Bréfritari: Sigríður Pálsdóttir
Viðtakandi: Páll Pálsson
Dagsetning: A-1862-04-07
Skrifað á: Breiðabólsstað  Rang.
Páll var bróðir Sigríðar

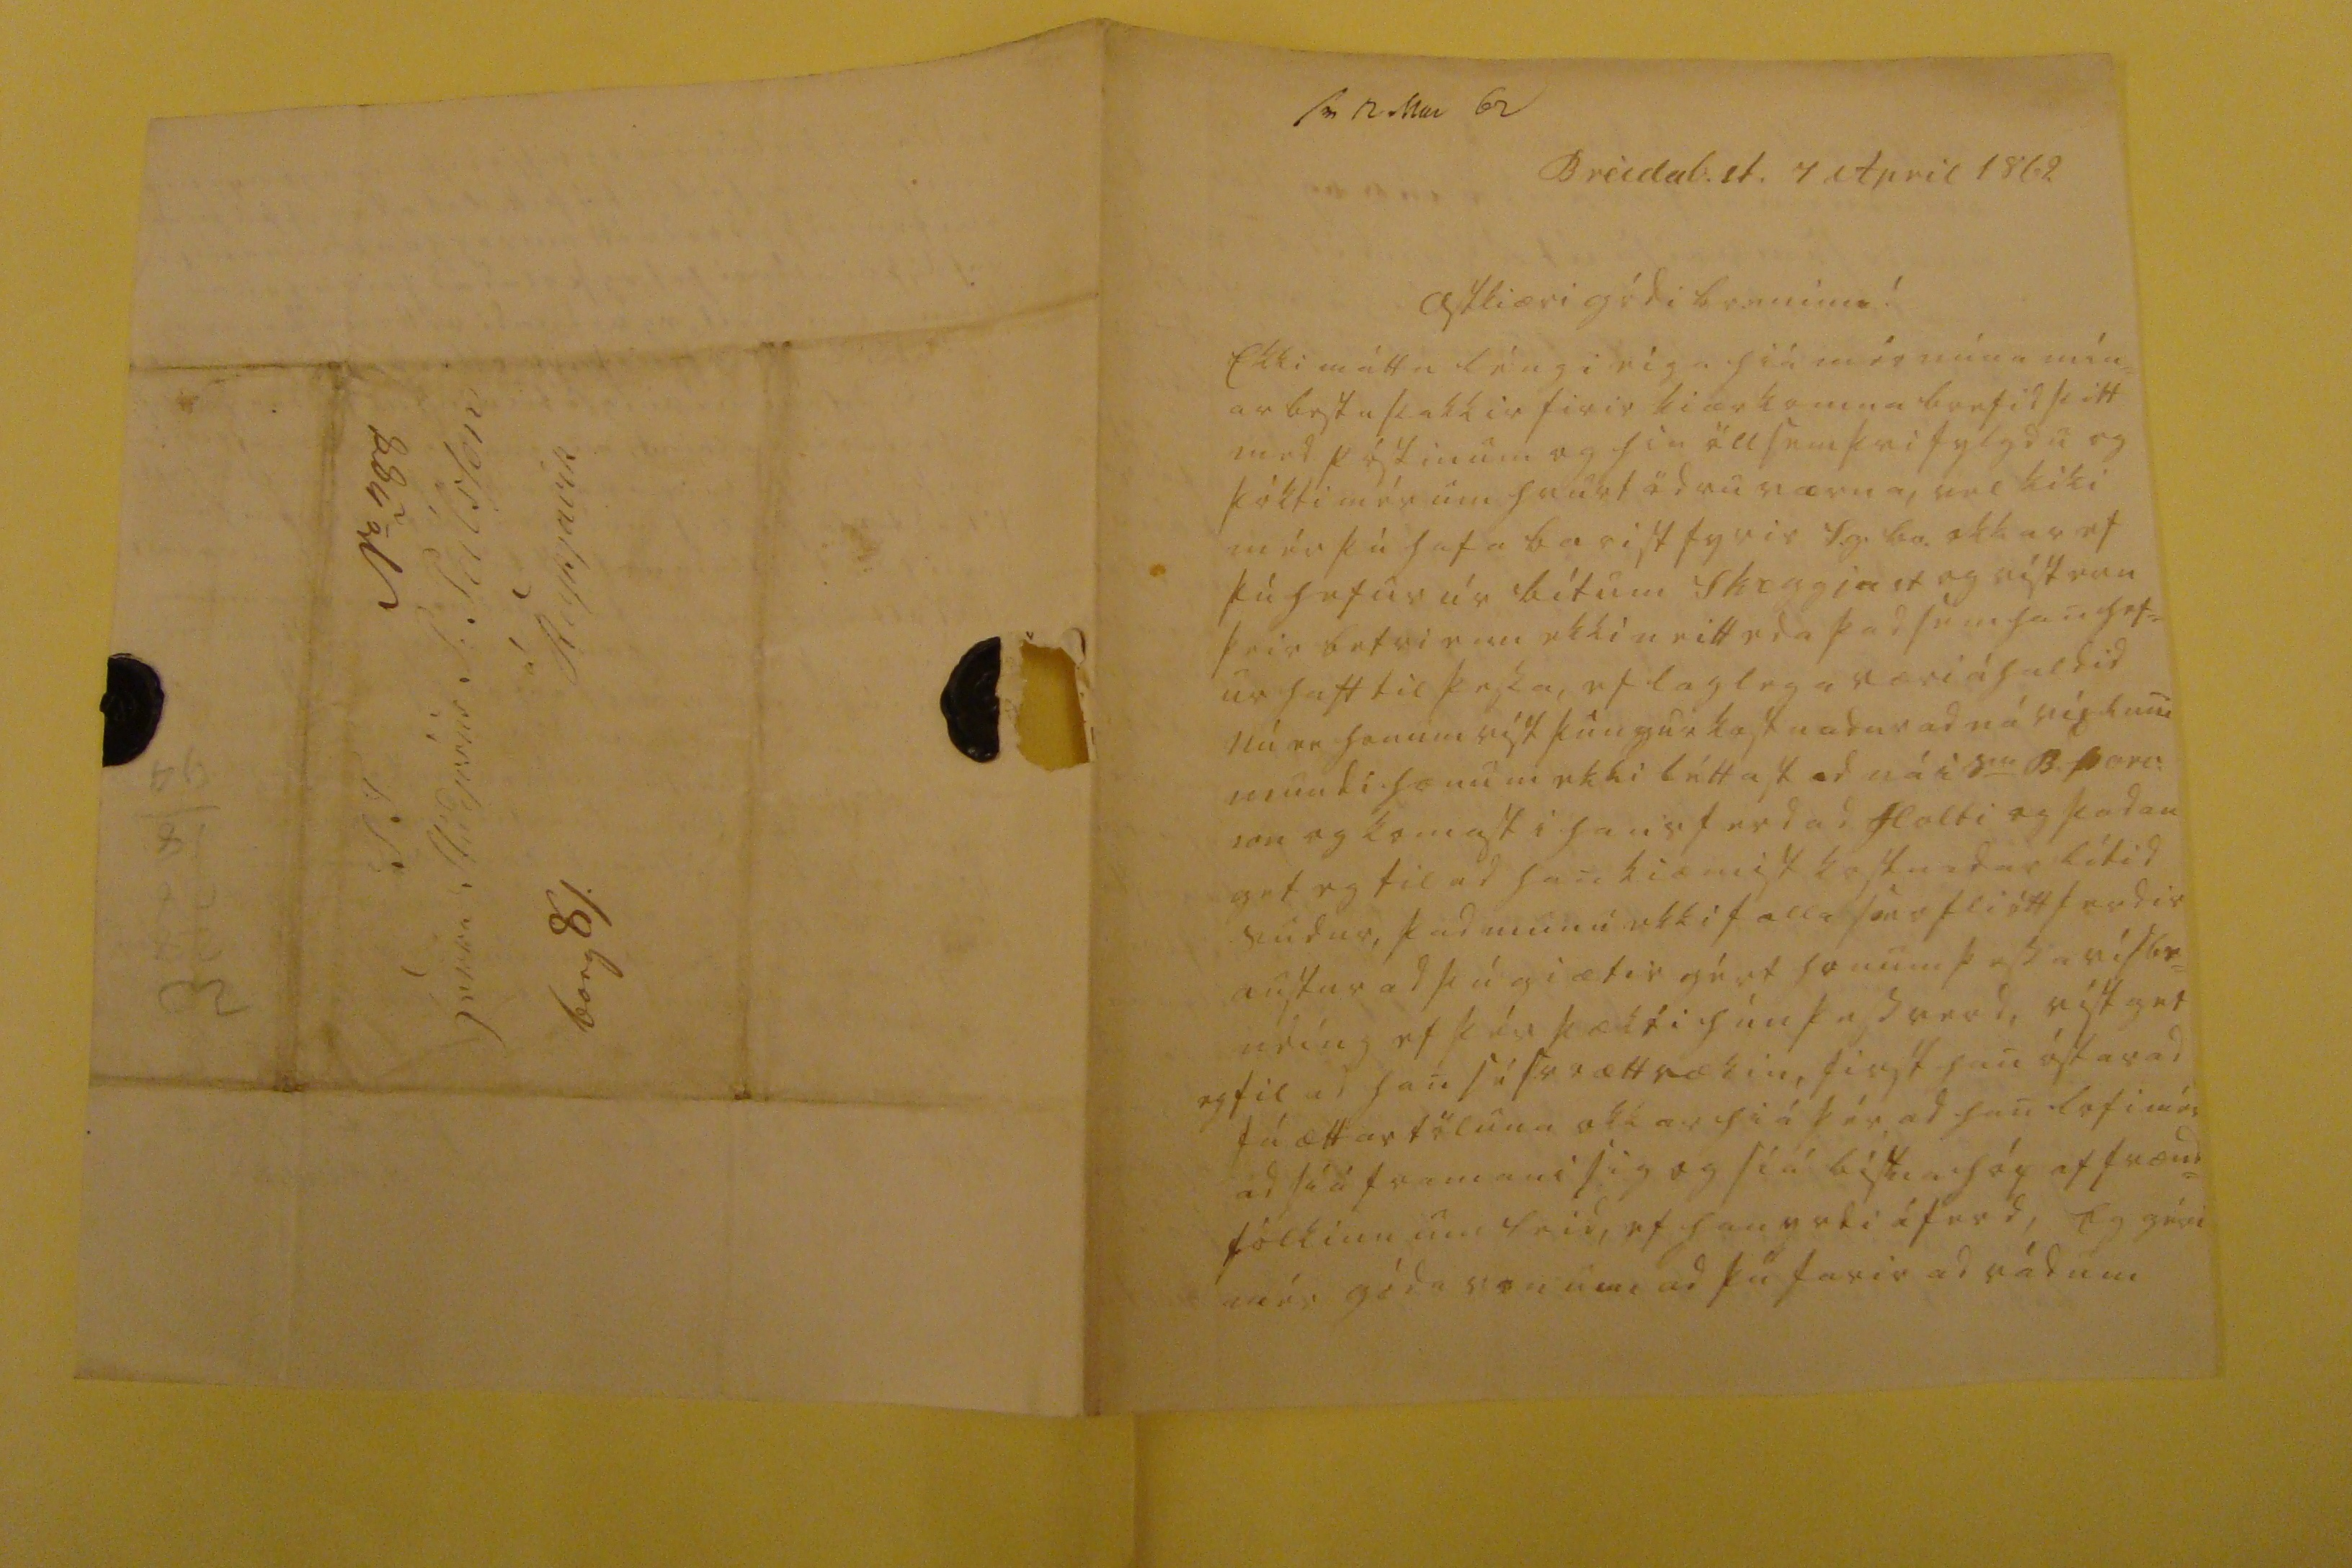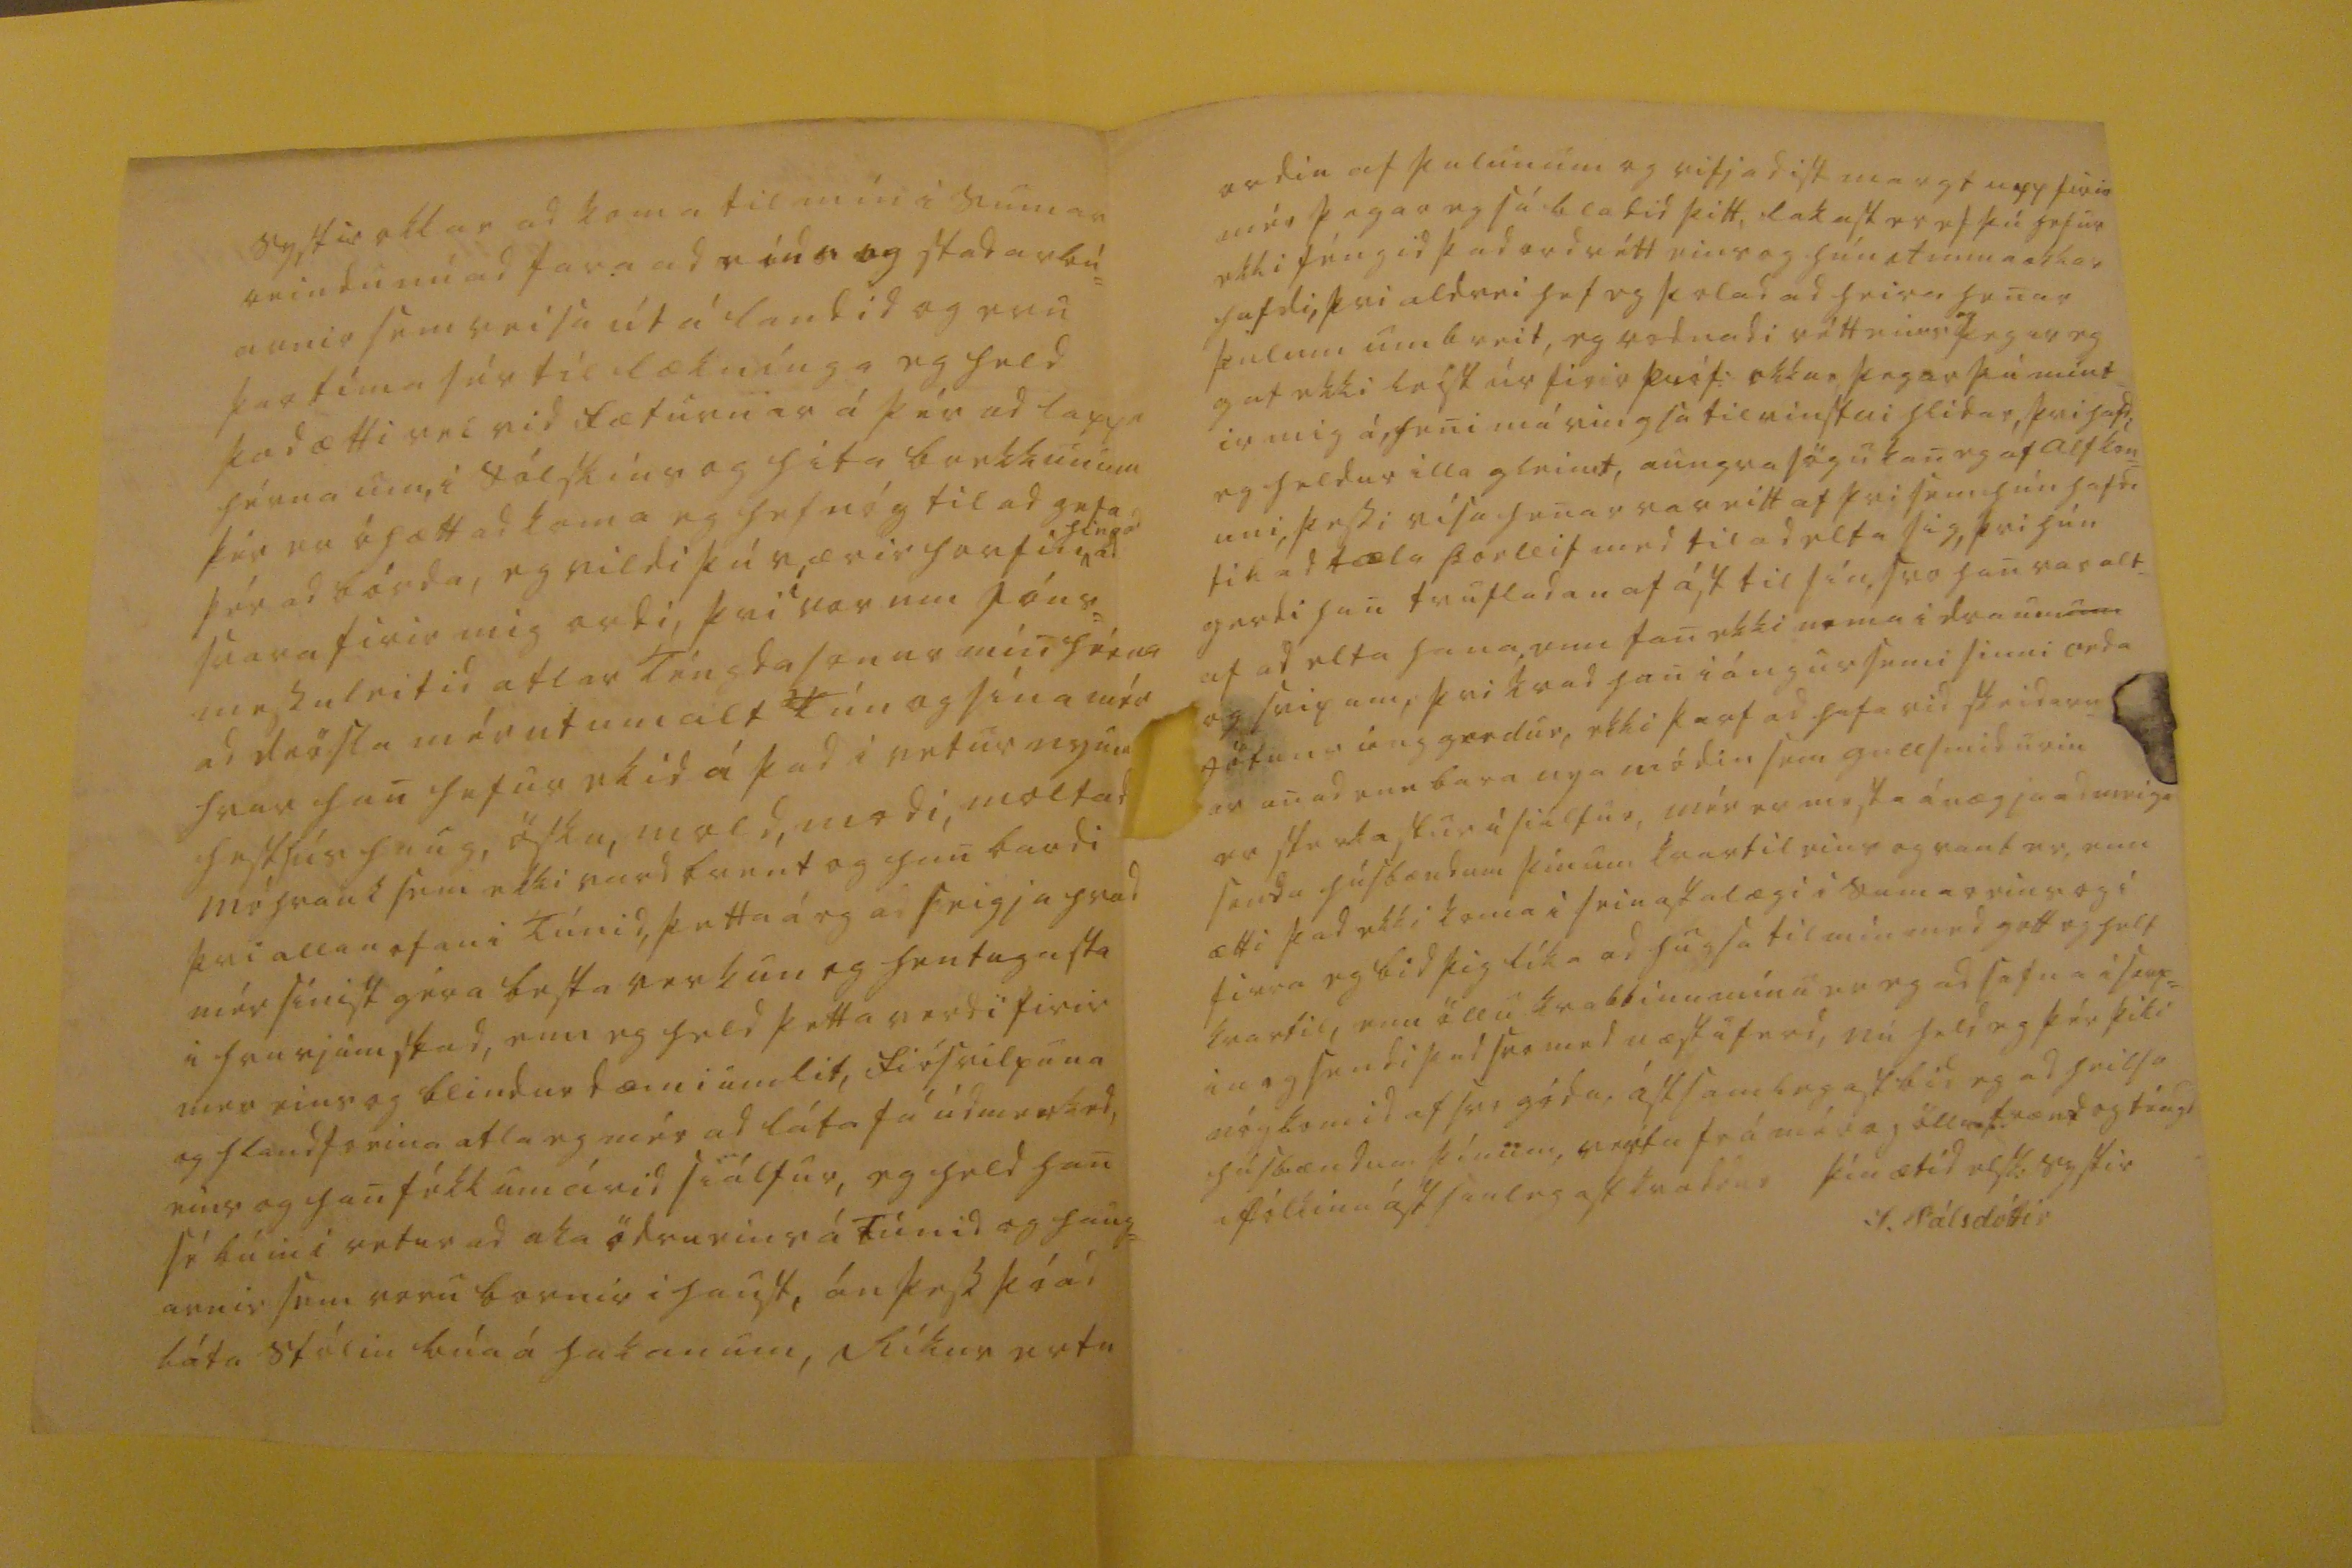

sv 12 Mai 62
Breidab.st. 4 April 1862
astkiæri gódi br. minn!
Ekki máttu léngi eiga hiá mér núna mín= ar bestu þakkir firir kiærkomna brefid þitt med póstinum og hin öll sem þvi fylgdu og þókti mér um hvurt ödru værna, vel þiki mér þú hafa barist fyrir s.g. br. okkar ef þú hefur úr bítum
sk0ggja00
og vist enn þeir betri enn ekki neitt eda þad sem han hef= ur haft til þessa, ef laglega væri áhaldid mundi honum ekki léttast ad ná i s
00
B. Þori= son og komast i hans ferd ad Holti og þadan get eg til ad han kiæmist kostnadar lítid sudur, þad munu ekki falla svo fliótt ferdir austur ad þú giætir gért honum þessa vísbe= ndíng ef þér þækti hún þess verd, víst get eg til ad han sé svo ættrækin, first han
óskar
ad fá ættartöluna okkar hiá þér ad han lofi mér ad siá framan i þig og siá
bistna hóp
af frænd= fólkinu um leid, ef han yrdi á fer, Eg géri mér góda von um ad þú farir ad rádum
systir okkar ad koma til mín i sumar reinduu nú ad fara ad
rida og stadarbú= arnir
sem reisa út á landid og eru þar tíma sér til læknínga eg held þad ætti vel vid fæturnar á þér ad lappa hérna um i sólskins og hita brekkunum þér er óhætt ad koma eg hef nóg til gefa þér ad bórda, eg vildi þú værir horfin
hingad
ad svara firir mig ordi, þvi
i
vor um Jóns= messuleitid atlar Téngdasonur min hérna ad drösla mér ut um alt Tún og sína mér hvar han hefur ekid á þad i vetur nyum hesthúshaug, ösku, mold, modi, moltad mó
hrauk
sem ekki vard brúnt og han bardi þvi allan ofan i Túnid, þetta á eg ad seigja hvad mér sínist géra besta verkun og hentugasta i hvurjum stad, enn eg held þetta verdi firir mer eins og blindur dæmi um lit, fiósvilpuna og hlandforina atla eg mér ad láta fá
ád000k0d,
eins og han fékk um árid siálfur, eg held han sé búin i vetur ad aka ödru eins á Túnid og haug= arnir sem voru bornir i haust, án þess þó ad láta stólin búa á hakanum, Ríkur ertu
ordin af þulunum og rifjadist margt upp firir mér þegar eg sá bladid þitt, lakast er ef þú hefur ekki féngid þad ordrétt eins og hún Amma okkar hafdi, þvi aldrei hef eg þolad ad heira henar þulum um breit, eg rodnadi rétt eins þegar eg gat ekki leist úr firir próf: okkar þegar þú mint= ir mig á, hen má vingsa til vinstri hlidar, þvi hafdi eg heldur illa gleimt, aungva sögu kan eg af al
f
kon= uni, þessi visa henar var eitt af þvi sem hún hafdi til ad tæla Þorleif med til ad elta sig, þvi hún gerdi han trufladan af ást til sín, svo han var alt= af ad elta hana enn fan ekki nema i draumum og svipum, þvi kvad han i ángursemi sinni orda
jötuns úng
gerdur, ekki þarf ad hafa vid skeidarn= ar anad enn bara
úpa
módin sem gullsmidurin er sterkastur i siálfur, mér er mesta ánægja ad meiga senda húsbændum þínum kvartil eins og vant er, enn ætti þad ekki koma i seinastalægi i sumar eins og i firra eg bid þig líka ad hugsa til min med gott og half kvartil, enn öllu kvabbinu mínu er eg ad safna i
saup= in
og sendi þad svo med næstu ferd, nú held eg þér þiki nóg komid af svo góda, ástsamlegast bid eg ad heilsa húsbændum þínum, vertu frá mér og öllum frænd og téngd afólkinu ástsamlegast kvaddur
þín ætíd elsk: systir
S. Pálsdóttir
N
o
288 S T herra Studjósus P: Pálsson á Reykjavík borg 00.